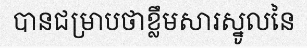
បានជម្រាបថាខ្លឹមសារស្នូលនៃ